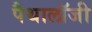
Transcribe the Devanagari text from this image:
पैथालॉजी